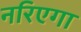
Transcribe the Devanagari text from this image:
नरिएगा